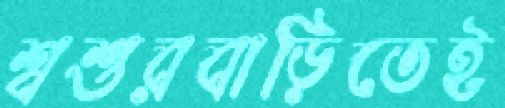
শ্বশুরবাড়িতেই